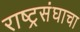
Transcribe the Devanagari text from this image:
राष्ट्रसंघाचा